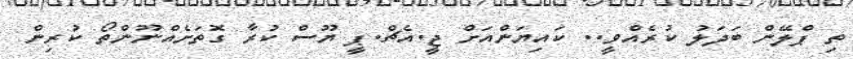
ތި ޕްލޭން ބަދަލު ކުރެއްވީ.. ކައިޔަންއަށް ޖީ.އެޗް.ޕީ ޔޫސް ކުރާ ގޮތަށެއްނޫންތޯ ކުރިން